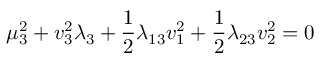
\mu _ { 3 } ^ { 2 } + v _ { 3 } ^ { 2 } \lambda _ { 3 } + \frac { 1 } { 2 } \lambda _ { 1 3 } v _ { 1 } ^ { 2 } + \frac { 1 } { 2 } \lambda _ { 2 3 } v _ { 2 } ^ { 2 } = 0 \nonumber